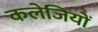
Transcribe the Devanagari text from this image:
कलेजियों